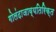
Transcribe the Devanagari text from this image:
गोलंदाजाव्यतिरिक्त